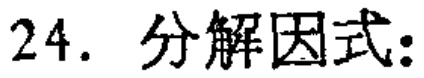
24. 分解因式: